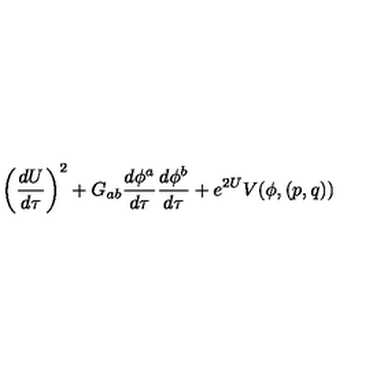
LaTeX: \left( { \frac { d U } { d \tau } } \right) ^ { 2 } + G _ { a b } { \frac { d \phi ^ { a } } { d \tau } } { \frac { d \phi ^ { b } } { d \tau } } + e ^ { 2 U } V ( \phi , ( p , q ) )